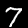
Digit: 7